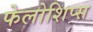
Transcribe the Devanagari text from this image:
फेलोशिप्स